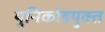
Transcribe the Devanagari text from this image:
युनिकोडयुक्त